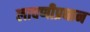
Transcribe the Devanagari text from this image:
लावणीप्रधान